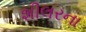
શીલરના